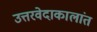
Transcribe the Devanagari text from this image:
उत्तरवेदाकालांत